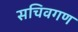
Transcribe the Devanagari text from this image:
सचिवगण